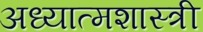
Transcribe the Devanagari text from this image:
अध्यात्मशास्त्री